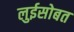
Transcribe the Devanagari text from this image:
लुईसोबत